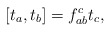
\begin{align*}[t_{a},t_{b}]=f_{ab}^{c}t_{c},\end{align*}